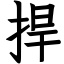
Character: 捍